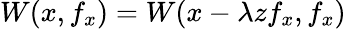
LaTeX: W(x,f_{x})=W(x-\lambda zf_{x},f_{x})